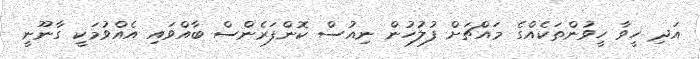
އަދި ހީވާ ހީވުންތަކެއްގެ މައްޗަށް ފުލުހުން ނިއުސް ކޮންފަރެންސް ބާއްވައި އެއްވުމަކީ ގާނޫނީ